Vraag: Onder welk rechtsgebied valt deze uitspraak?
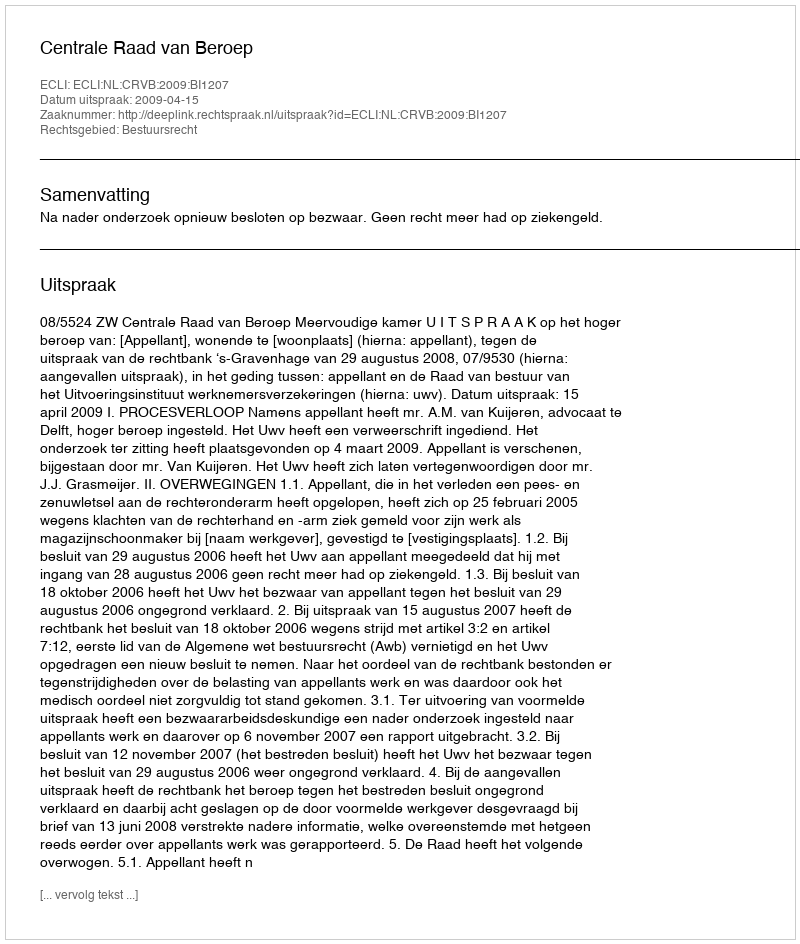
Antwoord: Bestuursrecht